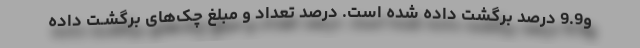
و9.9 درصد برگشت داده شده است. درصد تعداد و مبلغ چک‌های برگشـت داده